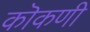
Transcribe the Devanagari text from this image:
कॊकणी